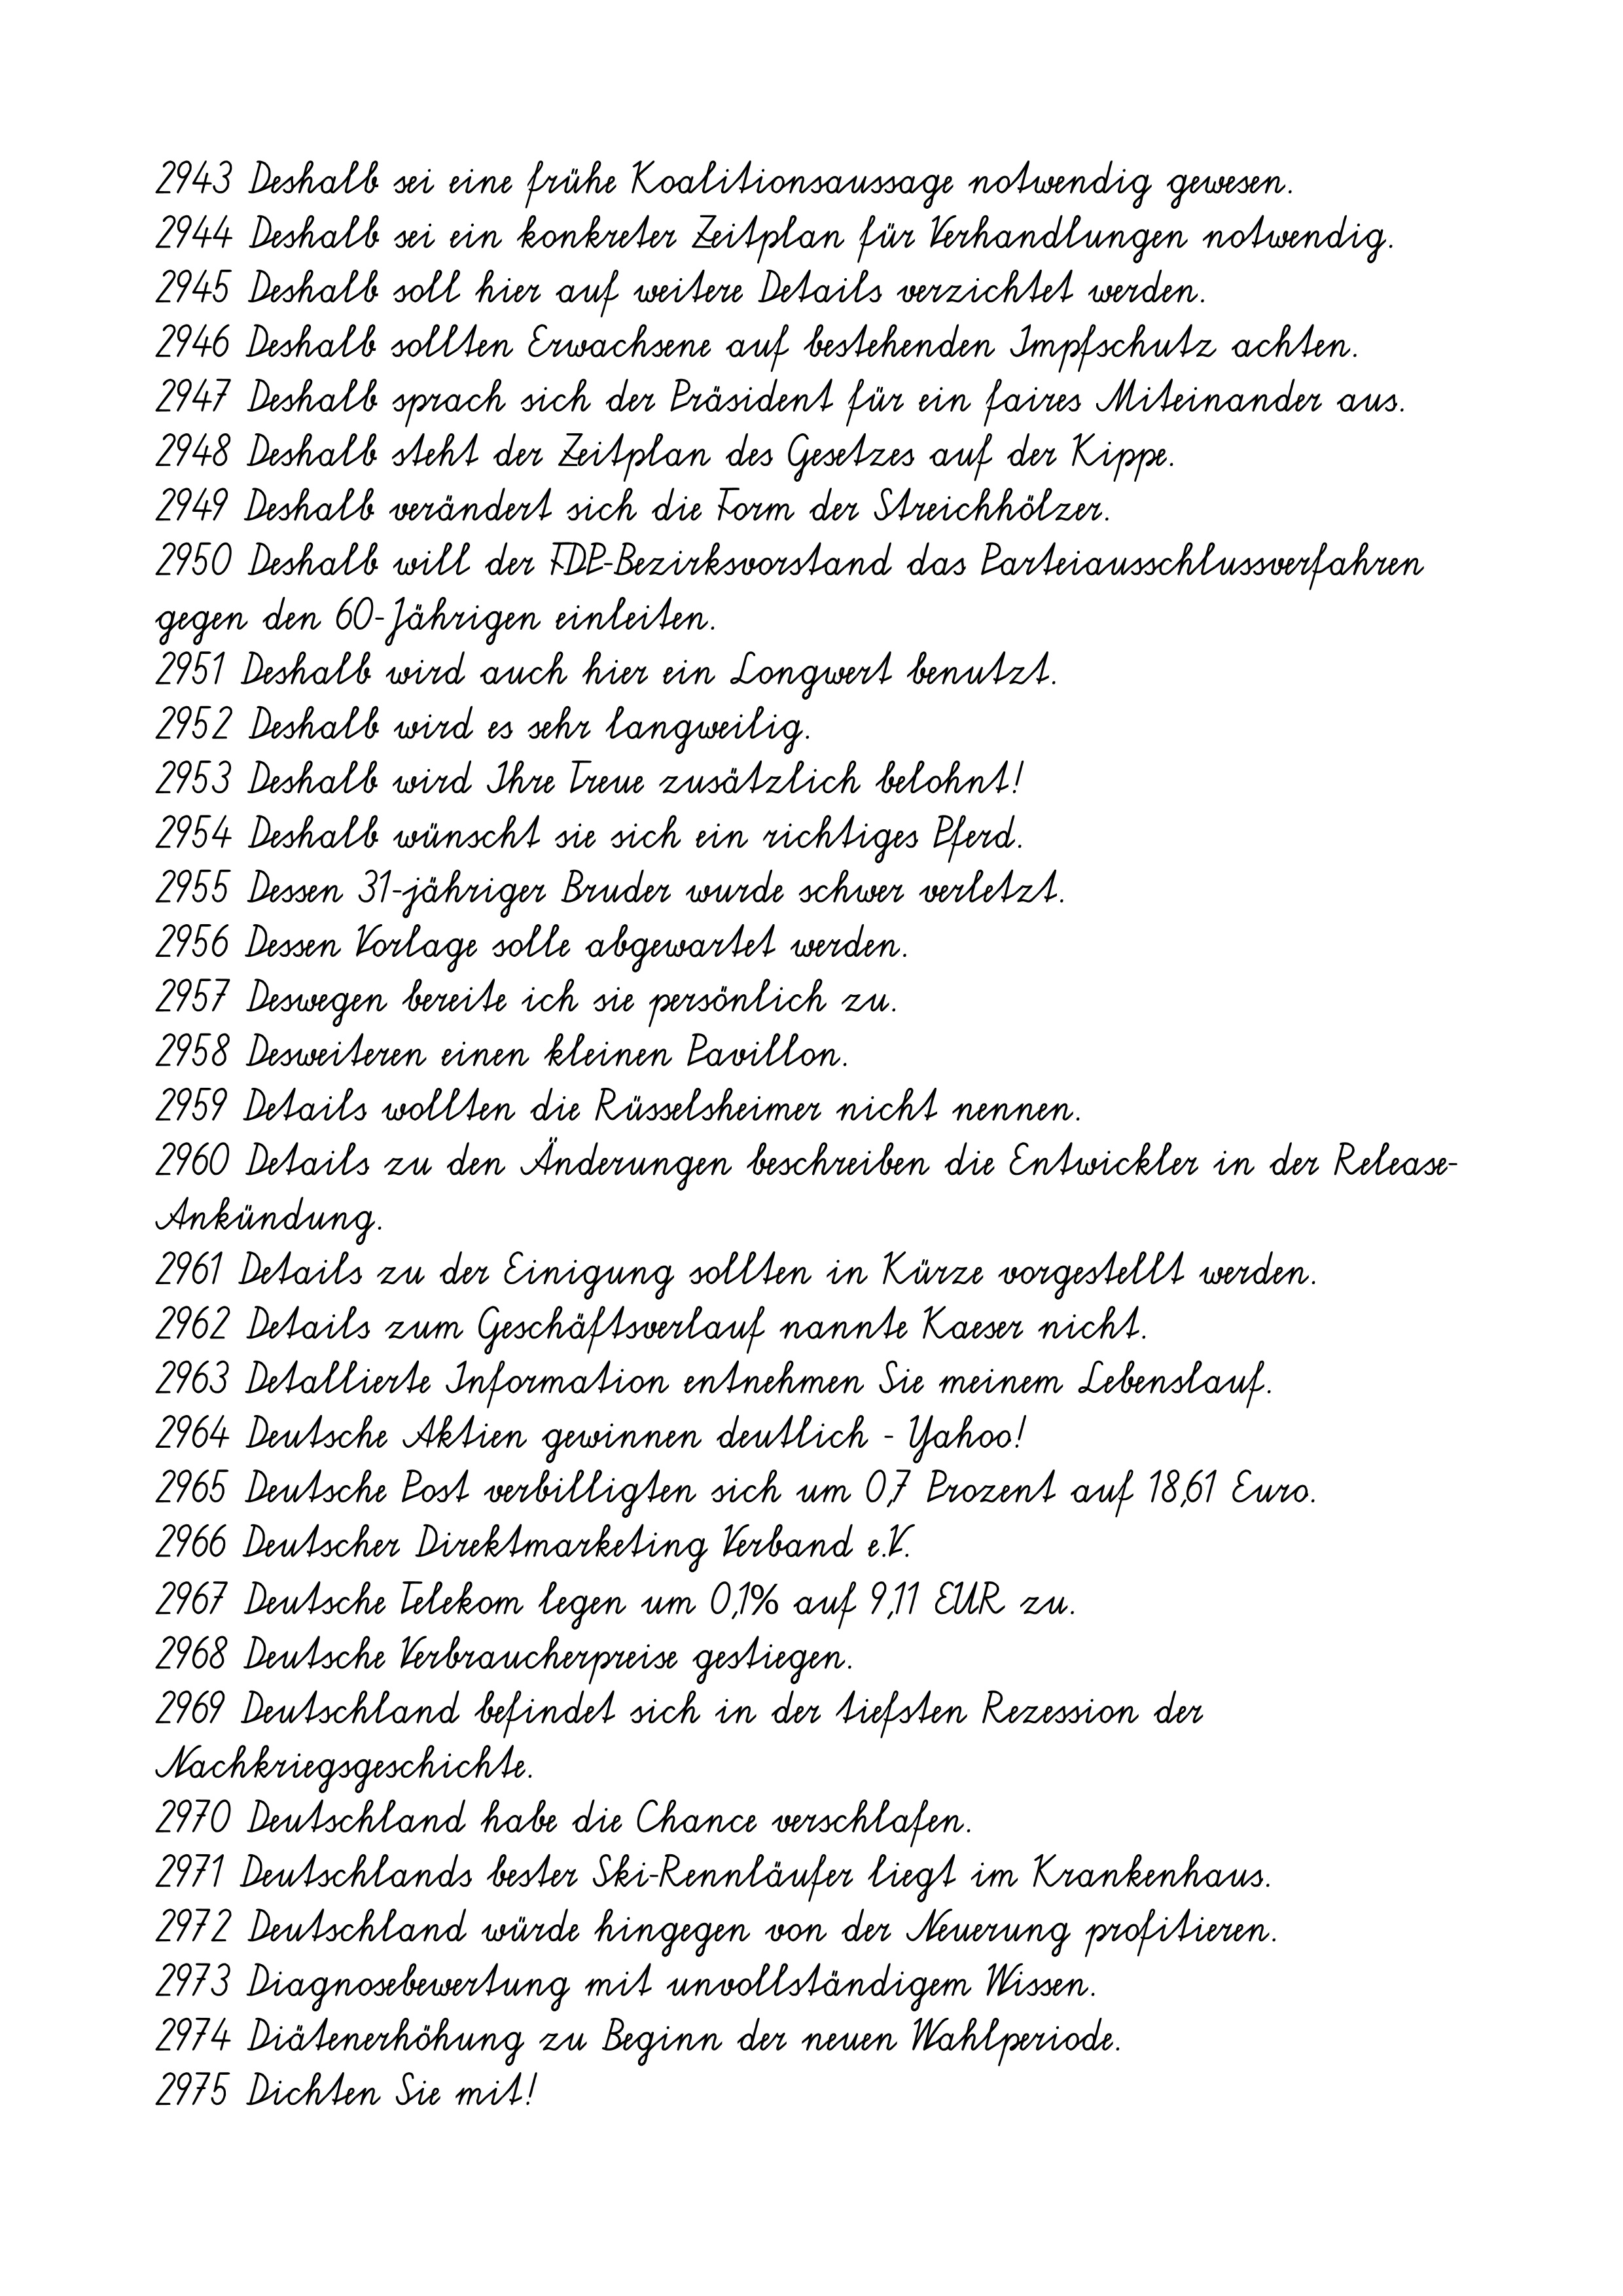
2943 Deshalb sei eine frühe Koalitionsaussage notwendig gewesen.
2944 Deshalb sei ein konkreter Zeitplan für Verhandlungen notwendig.
2945 Deshalb soll hier auf weitere Details verzichtet werden.
2946 Deshalb sollten Erwachsene auf bestehenden Impfschutz achten.
2947 Deshalb sprach sich der Präsident für ein faires Miteinander aus.
2948 Deshalb steht der Zeitplan des Gesetzes auf der Kippe.
2949 Deshalb verändert sich die Form der Streichhölzer.
2950 Deshalb will der FDP-Bezirksvorstand das Parteiausschlussverfahren
gegen den 60-Jährigen einleiten.
2951 Deshalb wird auch hier ein Longwert benutzt.
2952 Deshalb wird es sehr langweilig.
2953 Deshalb wird Ihre Treue zusätzlich belohnt!
2954 Deshalb wünscht sie sich ein richtiges Pferd.
2955 Dessen 31-jähriger Bruder wurde schwer verletzt.
2956 Dessen Vorlage solle abgewartet werden.
2957 Deswegen bereite ich sie persönlich zu.
2958 Desweiteren einen kleinen Pavillon.
2959 Details wollten die Rüsselsheimer nicht nennen.
2960 Details zu den Änderungen beschreiben die Entwickler in der Release-
Ankündung.
2961 Details zu der Einigung sollten in Kürze vorgestellt werden.
2962 Details zum Geschäftsverlauf nannte Kaeser nicht.
2963 Detallierte Information entnehmen Sie meinem Lebenslauf.
2964 Deutsche Aktien gewinnen deutlich - Yahoo!
2965 Deutsche Post verbilligten sich um 0,7 Prozent auf 18,61 Euro.
2966 Deutscher Direktmarketing Verband e.V.
2967 Deutsche Telekom legen um 0,1% auf 9,11 EUR zu.
2968 Deutsche Verbraucherpreise gestiegen.
2969 Deutschland befindet sich in der tiefsten Rezession der
Nachkriegsgeschichte.
2970 Deutschland habe die Chance verschlafen.
2971 Deutschlands bester Ski-Rennläufer liegt im Krankenhaus.
2972 Deutschland würde hingegen von der Neuerung profitieren.
2973 Diagnosebewertung mit unvollständigem Wissen.
2974 Diätenerhöhung zu Beginn der neuen Wahlperiode.
2975 Dichten Sie mit!